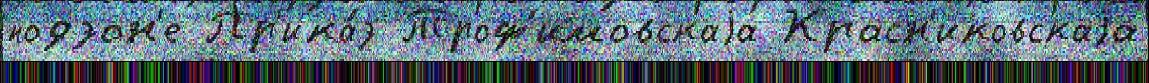
подзон'е Пр'ика́з Троф'имовскаjа Красн'иковскаjа